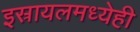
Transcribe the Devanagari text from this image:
इस्रायलमध्येही